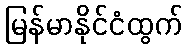
မြန်မာနိုင်ငံထွက်